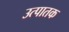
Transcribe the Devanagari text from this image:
उत्पातक